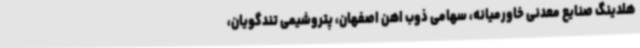
هلدینگ صنایع معدنی خاورمیانه، سهامی ذوب اهن اصفهان، پتروشیمی تندگویان،